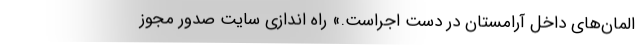
المان‌های داخل آرامستان در دست اجراست.» راه اندازی سایت صدور مجوز